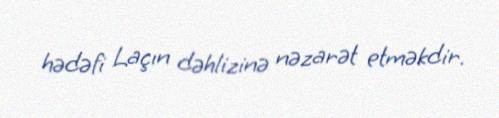
hədəfi Laçın dəhlizinə nəzarət etməkdir.